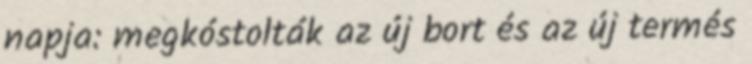
napja: megkóstolták az új bort és az új termés